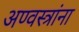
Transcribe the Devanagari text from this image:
अण्वस्त्रांना